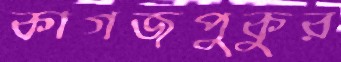
কাগজপুকুর